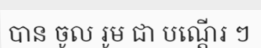
បាន ចូល រូម ជា បណ្តើរ ៗ